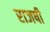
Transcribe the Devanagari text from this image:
राजषी